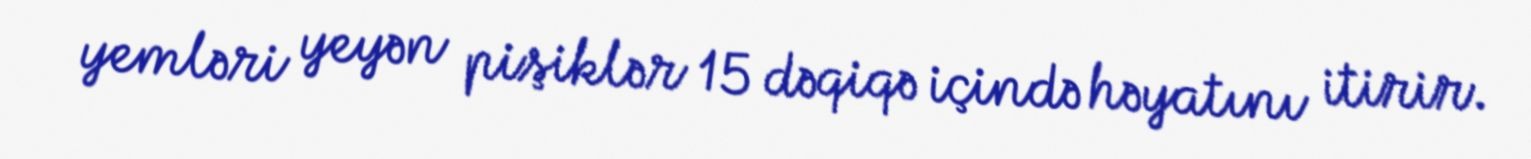
yemləri yeyən pişiklər 15 dəqiqə içində həyatını itirir.